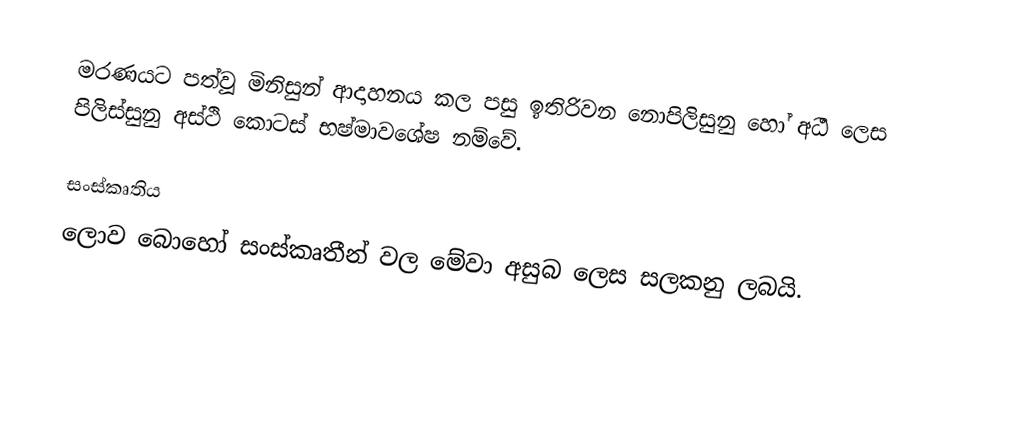
මරණයට පත්වූ මිනිසුන් ආදාහනය කල පසු ඉතිරිවන නොපිලිසුනු හෝ අර්‍ධ ලෙස පිලිස්සුනු අස්ථි කොටස් භෂ්මාවශේෂ නම්වේ.

සංස්කෘතිය
ලොව බොහෝ සංස්කෘතීන් වල මේවා අසුබ ලෙස සලකනු ලබයි.